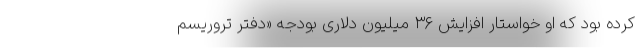
کرده بود که او خواستار افزایش ۳۶ میلیون دلاری بودجه «دفتر تروریسم